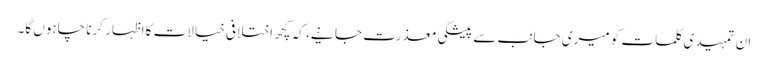
ان تمہیدی کلمات کو میری جانب سے پیشگی معذرت جانیے، کہ کچھ اختلافی خیالات کا اظہار کرنا چاہوں گا۔